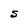
Character: S